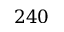
2 4 0